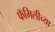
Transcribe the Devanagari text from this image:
फॅमिलीच्या